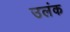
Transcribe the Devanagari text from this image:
उलंक